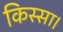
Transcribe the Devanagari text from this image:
किस्सा।